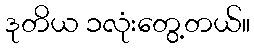
ဒုတိယ ၁လုံးတွေ့တယ်။